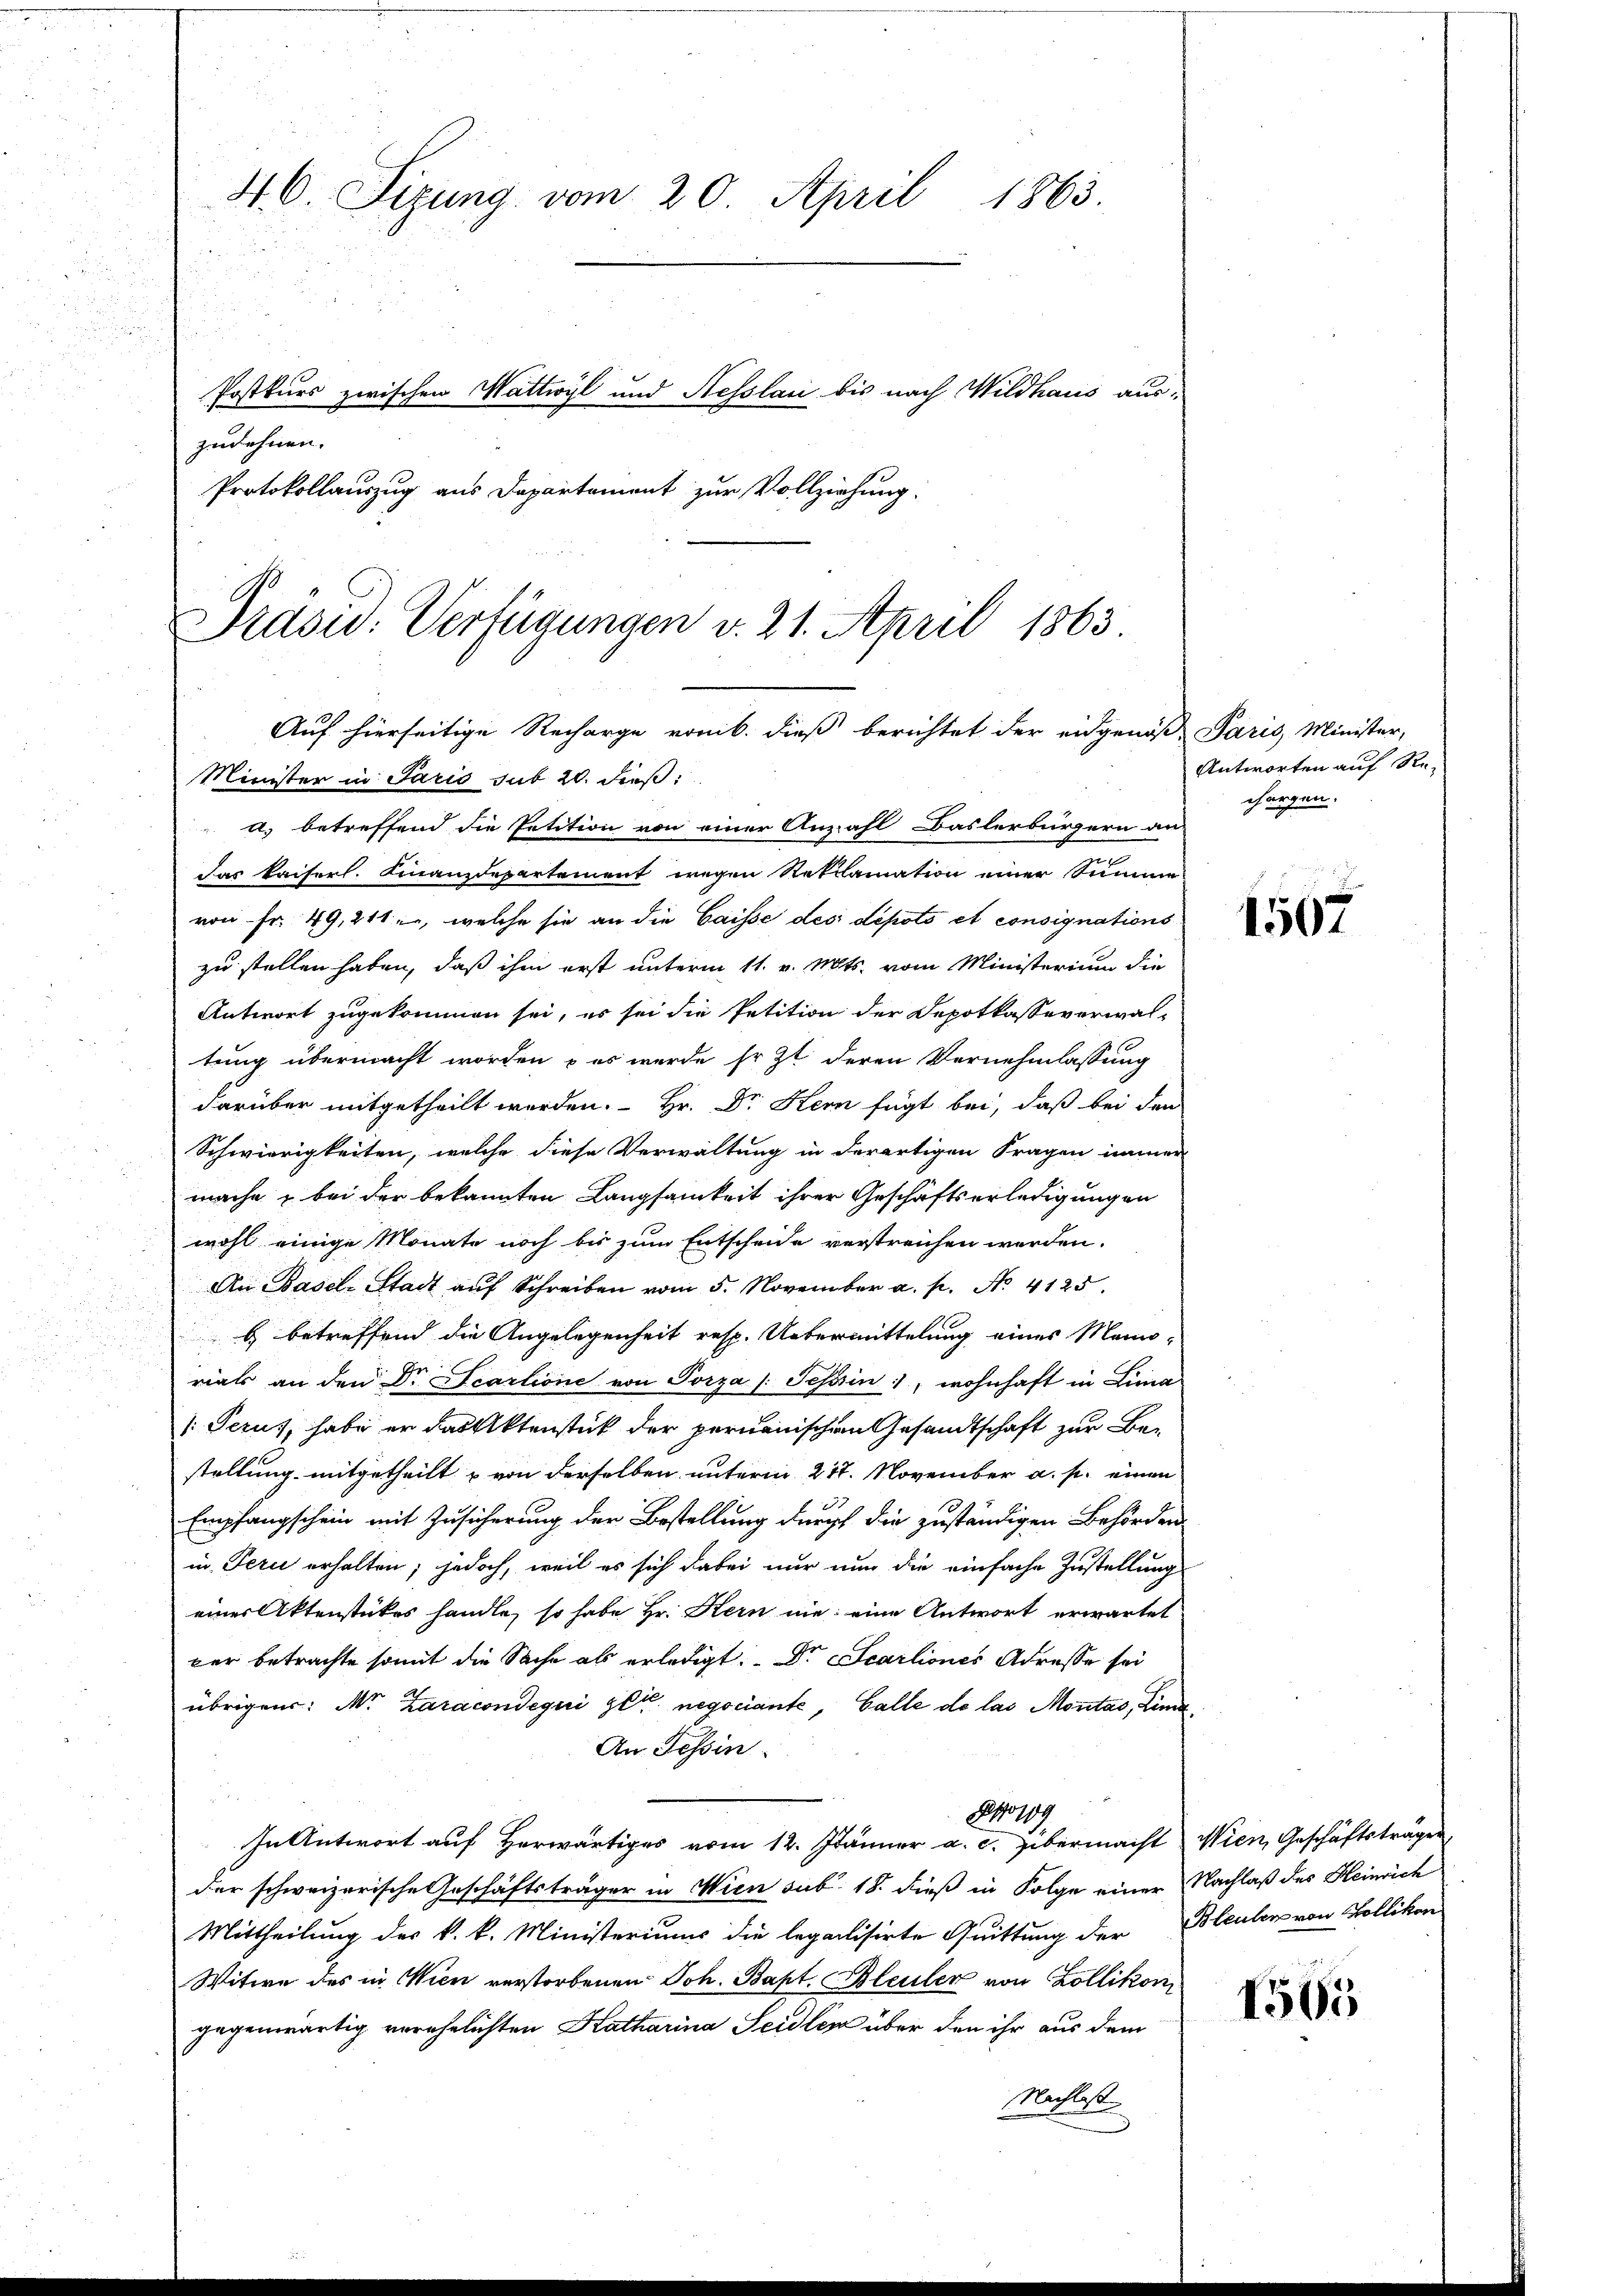
46. Sizung vom 20. April 1863.
Postkurs zwischen Wattwyl und Hesslau bis nach Wildhaus auszudehnen.
Protokollauszug aus Departement zur Vollziehung.

Präsid. Verfügungen v. 21. April 1863
Auf hierseitige Recharge von b. dieß berichtet der eidgenöß Paris Minister,
Minister in Paris sub 20. dieß:

a) betreffend die Petition von einer Anzahl Baslerbürgern an Gangen.
Das kaiserl. Finanzdepartement wegen Reklamation einer Summe
von Fr. 49, 211, welche sie an die Caisse des depots et consignations
zu stellen haben, daß ihm erst unterm 11. v. Mts. vom Ministerium die
Antwort zugekommen sei, es sei die Petition der Depotkassaverwaltung übermacht worden, – es werde sr. Zt. deren Vernehmlassung
darüber mitgetheilt werden. Hr. Dr. Kern fügt bei, daß bei den
Schwierigkeiten, welche diese Verwaltung in derartigen Fragen immer
mache, bei der bekannten Langsamkeit ihrer Geschäftserledigungen
wohl einige Monate noch bis zum Entscheide verstreichen werden.
An Basel-Stadt aŭf Schreiben vom 5. November a. p. No. 4125.
b. betreffend die Angelegenheit resp. Uebermittelung eines Mann-
rials an den Dr Scartione von Porza /: Tessin, wohnhaft in Lina
Serus, habe er das Aktenstück der permanischen Gesandtschaft zur Bestellung mitgetheilt u von derselben unterm 217. November a. p. einen
Empfangschein mit Zusicherung der Bestellung durch die zuständigen Behörden
in Perii erhalten; jedoch, weil es sich dabei nur nun die einfache Zustellung
einer Aktenstückes handle, so habe Hr. Kern nie eine Antwort erwartet
ker betrachte somit die Sache als erledigt. Dr. Scarliones Adresse sei
übrigens: Mr. Zaraconsegui gli negociante, Galle de las Montas, Lima¬
An Tessin.
81109.
In Antwort auf Herwärtiges vom 12. Jänner a. c. übermacht Wien, Geschäftsträger
der schweizerische Geschäftsträger in Wien sub. 18. dieß in Folge einer Nachlaß des Heinrich
Mittheilung des k. k. Ministeriums die legalisirte Quittung der Bleuler von Bollikon
Witwe des in Wien verstorbenen Joh. Bapt. Bleuler von Zollikon
gegenwärtig verehelichten Katharina Seidlin über den ihr aus dem
Nachlasse

Antworten auf Re-

1507

1565